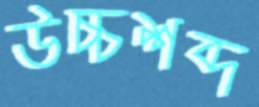
উচ্চশব্দ